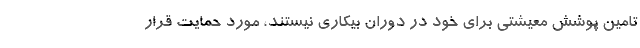
تامین پوشش معیشتی برای خود در دوران بیکاری نیستند، مورد حمایت قرار